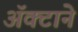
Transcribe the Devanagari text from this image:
अॅक्टाने